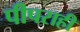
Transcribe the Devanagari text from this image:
पीपराही